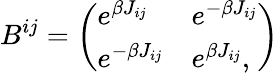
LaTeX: B^{ij}=\left(\begin{array}{ll}{e^{\beta J_{ij}}}&{e^{-\beta J_{ij}}}\\ {e^{-\beta J_{ij}}}&{e^{\beta J_{ij}},}\end{array}\right)